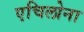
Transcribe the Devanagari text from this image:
एचिलोना